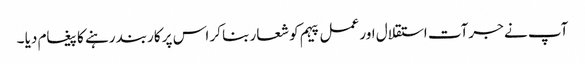
آپ نے جرآت استقلال اور عمل پیہم کو شعار بنا کر اس پر کاربند رہنے کا پیغام دیا ۔